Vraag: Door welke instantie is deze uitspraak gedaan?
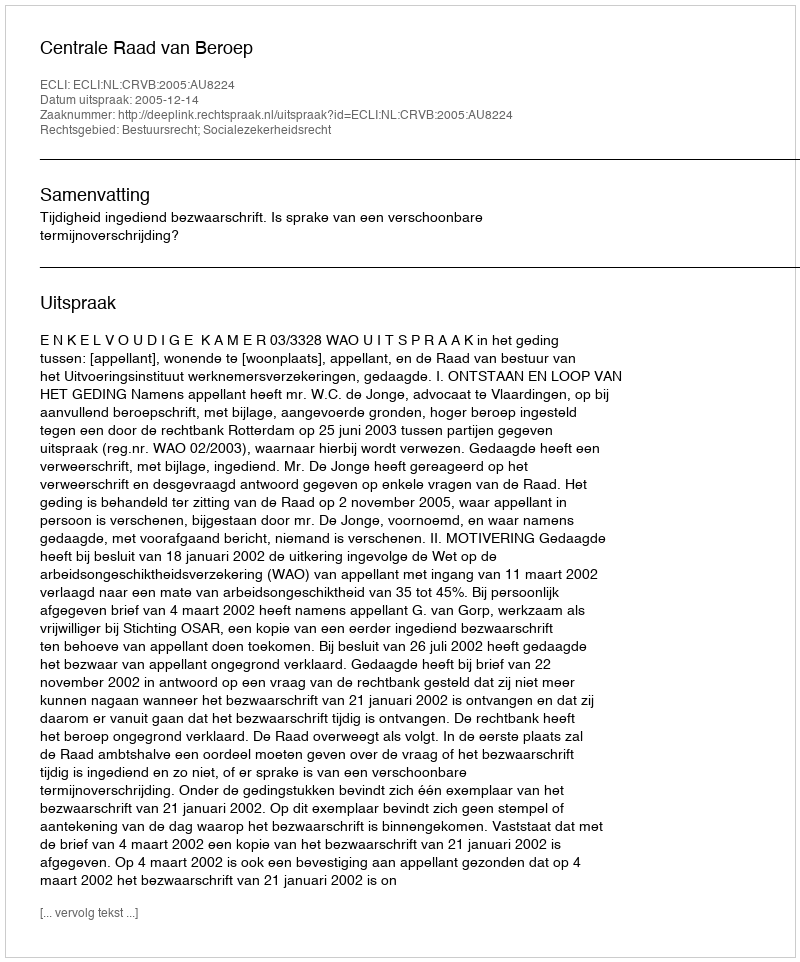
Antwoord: Centrale Raad van Beroep